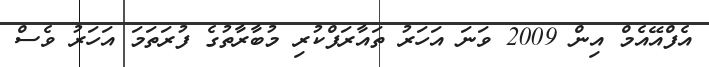
އެފްއޭއެމް އިން 2009 ވަނަ އަހަރު ތައާރަފްކުރި މުބާރާތުގެ ފުރަތަމަ އަހަރު ވެސް